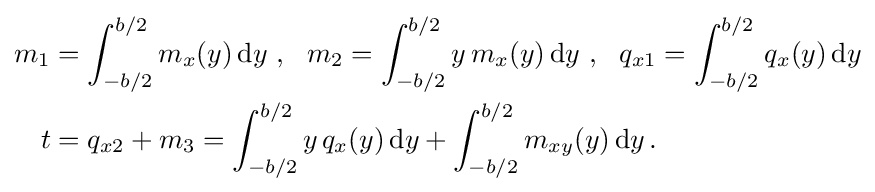
{\begin{aligned}m_{1}&=\int _{-b/2}^{b/2}m_{x}(y)\,{\text{d}}y~,~~m_{2}=\int _{-b/2}^{b/2}y\,m_{x}(y)\,{\text{d}}y~,~~q_{x1}=\int _{-b/2}^{b/2}q_{x}(y)\,{\text{d}}y\\t&=q_{x2}+m_{3}=\int _{-b/2}^{b/2}y\,q_{x}(y)\,{\text{d}}y+\int _{-b/2}^{b/2}m_{xy}(y)\,{\text{d}}y\,.\end{aligned}}